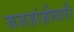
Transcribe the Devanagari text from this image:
जजज़ांज़ीबारी